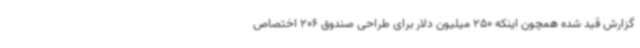
گزارش قید شده همچون اینکه 250 میلیون دلار برای طراحی صندوق 206 اختصاص